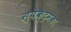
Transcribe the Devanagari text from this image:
स्पेक्ट्रमका